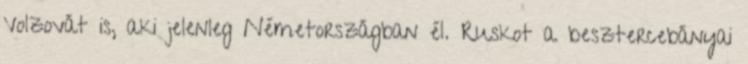
Volzovát is, aki jelenleg Németországban él. Ruskot a besztercebányai